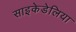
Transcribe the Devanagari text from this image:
साइकेडेलिया